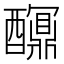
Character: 𨣯